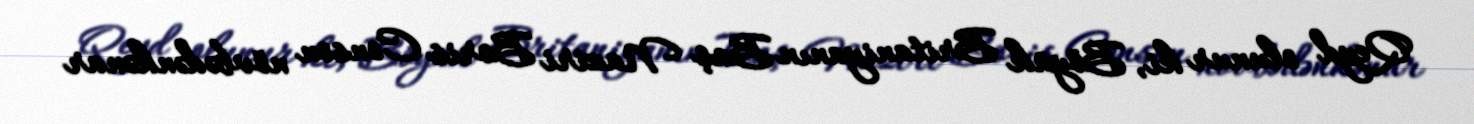
Qeyd olunur ki, Böyük Britaniyanın Baş Naziri Boris Conson növbədənkənar